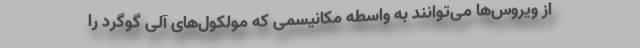
از ویروس‌ها می‌توانند به واسطه مکانیسمی که مولکول‌های آلی گوگرد را